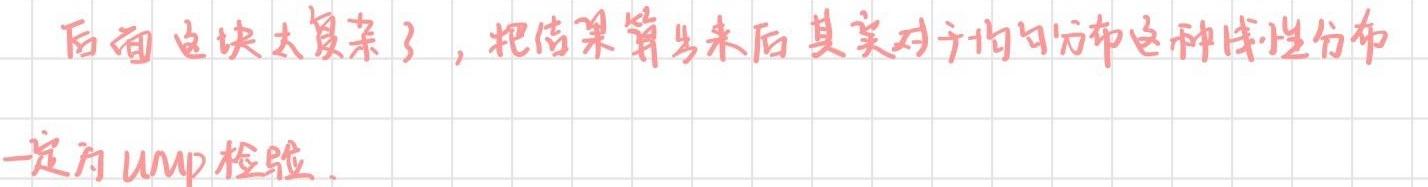
后面这块太复杂了，把结果算出来后其实对于均匀分布这种线性分布一定为UMP检验.